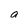
Character: o